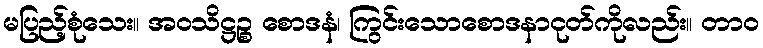
မပြည့်စုံသေး။ အဝသိဋ္ဌဉ္စ စောဒနံ၊ ကြွင်းသောစောဒနာငုတ်ကိုလည်း။ တာဝ